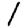
Digit: 1